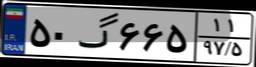
۵۰گ۶۶۵۱۱